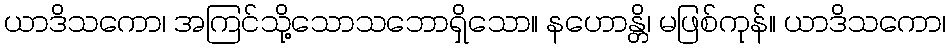
ယာဒိသကော၊ အကြင်သို့သောသဘောရှိသော။ နဟောန္တိ၊ မဖြစ်ကုန်။ ယာဒိသကော၊